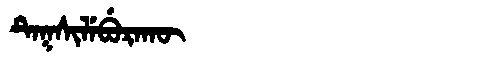
Manchu: ᡨᡝᡴᠰᡳᠯᡝᠪᡠᡵᠠᡴᡡ
Romanization: TEKSILEBURAKŪ